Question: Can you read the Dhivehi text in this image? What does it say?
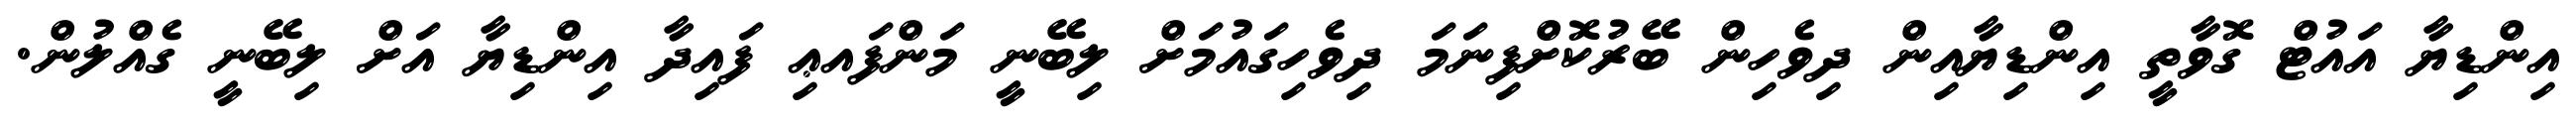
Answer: އިންޑިޔާ އައުޓް ގޮވާތީ އިންޑިޔާއިން ދިވެހިން ބޭރުކޮށްފިނަމަ ދިވެހިގައުމަށް ލިބޭނީ މަންފައޢި ފައިދާ އިންޑިޔާ އަށް ލިބޭނީ ގެއްލުން.